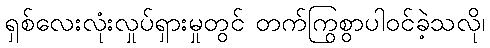
ရှစ်လေးလုံးလှုပ်ရှားမှုတွင် တက်ကြွစွာပါဝင်ခဲ့သလို၊